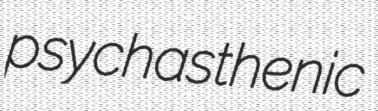
psychasthenic